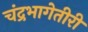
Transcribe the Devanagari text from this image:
चंद्रभागेतीरीं